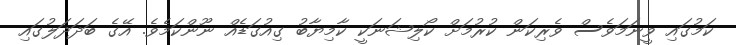
ކަމުގައި ވީނަމަވެސް ވެރިކަން ކުރުމަށް ކޯލިޝަނަކީ ކާމިޔާބު ގިއުގަޑެއް ނޫންކަމެވެ. އޭގެ ބަދަދަލުގައި